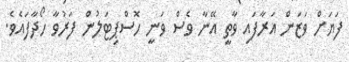
ފަޔަށް ވަޒަން އަރާފައި ވާތީ އޭނާ ވެސް ވަނީ ހޮސްޕިޓަލުން ފަރުވާ ހޯދާފައެވެ.